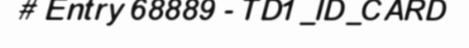
# Entry 68889 - TD1_ID_CARD